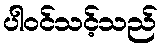
ပါဝင်သင့်သည်